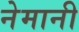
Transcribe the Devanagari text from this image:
नेमानी